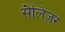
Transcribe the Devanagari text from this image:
सैलिंजर